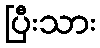
ပြီးသား